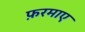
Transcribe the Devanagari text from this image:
फ़रमाए